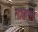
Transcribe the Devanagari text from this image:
गाहना